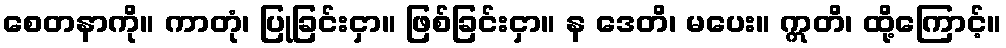
စေတနာကို။ ကာတုံ၊ ပြုခြင်းငှာ။ ဖြစ်ခြင်းငှာ။ န ဒေတိ၊ မပေး။ ဣတိ၊ ထို့ကြောင့်။